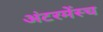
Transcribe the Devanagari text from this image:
अंटरमेंस्च